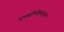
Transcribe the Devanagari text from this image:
एमव्हीपीएसाच्या